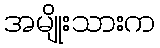
အမျိုးသားက